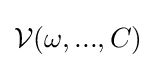
{\textstyle {\mathcal {V}}(\omega ,...,C)}